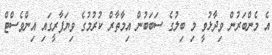
އެ މެންބަރުން ވިދާޅުވީ މި ބިލުގެ ސަބަބުން އިމާތާރް ކުރުމުގެ ވިޔަފާރީގައި އިންވެސްޓް